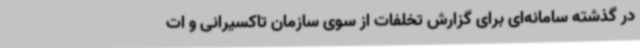
در گذشته سامانه‌ای برای گزارش تخلفات از سوی سازمان تاکسیرانی و ات